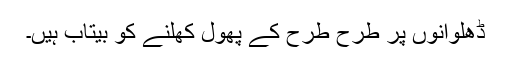
ڈھلوانوں پر طرح طرح کے پھول کھلنے کو بیتاب ہیں۔